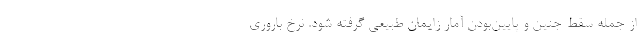
از جمله سقط جنین و پایین‌بودن آمار زایمان طبیعی گرفته شود. نرخ باروری